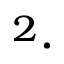
^ { 2 } \cdot